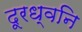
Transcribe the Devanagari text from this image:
दूरध्वनि